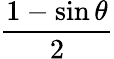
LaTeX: \frac{1-\sin\theta}{2}